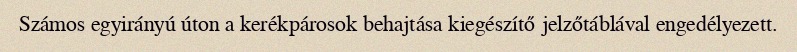
Számos egyirányú úton a kerékpárosok behajtása kiegészítő jelzőtáblával engedélyezett.